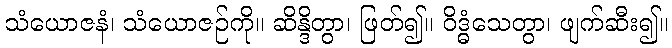
သံယောဇနံ၊ သံယောဇဉ်ကို။ ဆိန္ဒိတွာ၊ ဖြတ်၍။ ဝိဒ္ဓံသေတွာ၊ ဖျက်ဆီး၍။